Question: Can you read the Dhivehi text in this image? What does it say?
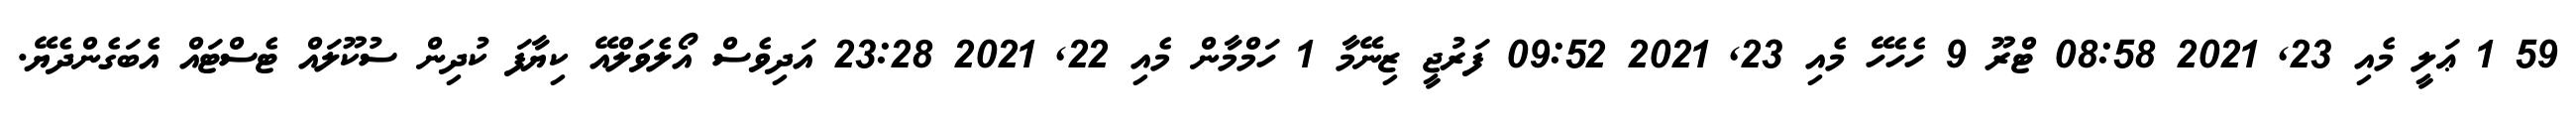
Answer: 59 1 ޢަލީ މެއި 23, 2021 08:58 ޓްރޫ 9 ހެހެހޭ މެއި 23, 2021 09:52 ފަރުޖީ ޒިނޭމާ 1 ހަމްމާން މެއި 22, 2021 23:28 އަދިވެސް އޯލެވަލްއޭ ކިޔާފަ ކުދިން ސުކޫލައް ޓެސްޓައް އެބަގެންދެޔޭ.